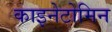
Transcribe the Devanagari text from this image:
काइनेटोमिन